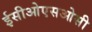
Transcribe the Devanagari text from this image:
ईसीओएसओसी